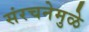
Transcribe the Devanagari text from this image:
संरचनेमुळे